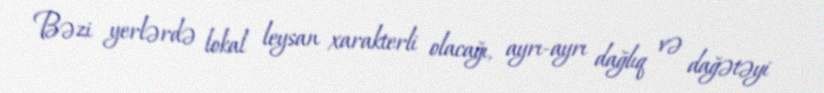
Bəzi yerlərdə lokal leysan xarakterli olacağı, ayrı-ayrı dağlıq və dağətəyi